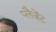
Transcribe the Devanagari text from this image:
प्लैज़ेंट